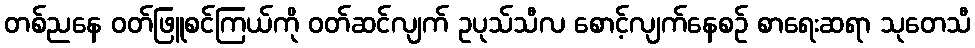
တစ်ညနေ ဝတ်ဖြူစင်ကြယ်ကို ဝတ်ဆင်လျက် ဥပုသ်သီလ စောင့်လျက်နေစဉ် စာရေးဆရာ သုတေသီ